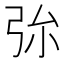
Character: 㢱